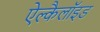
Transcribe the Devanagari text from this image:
ऐल्कैलॉइड